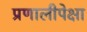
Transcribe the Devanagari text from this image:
प्रणालीपेक्षा